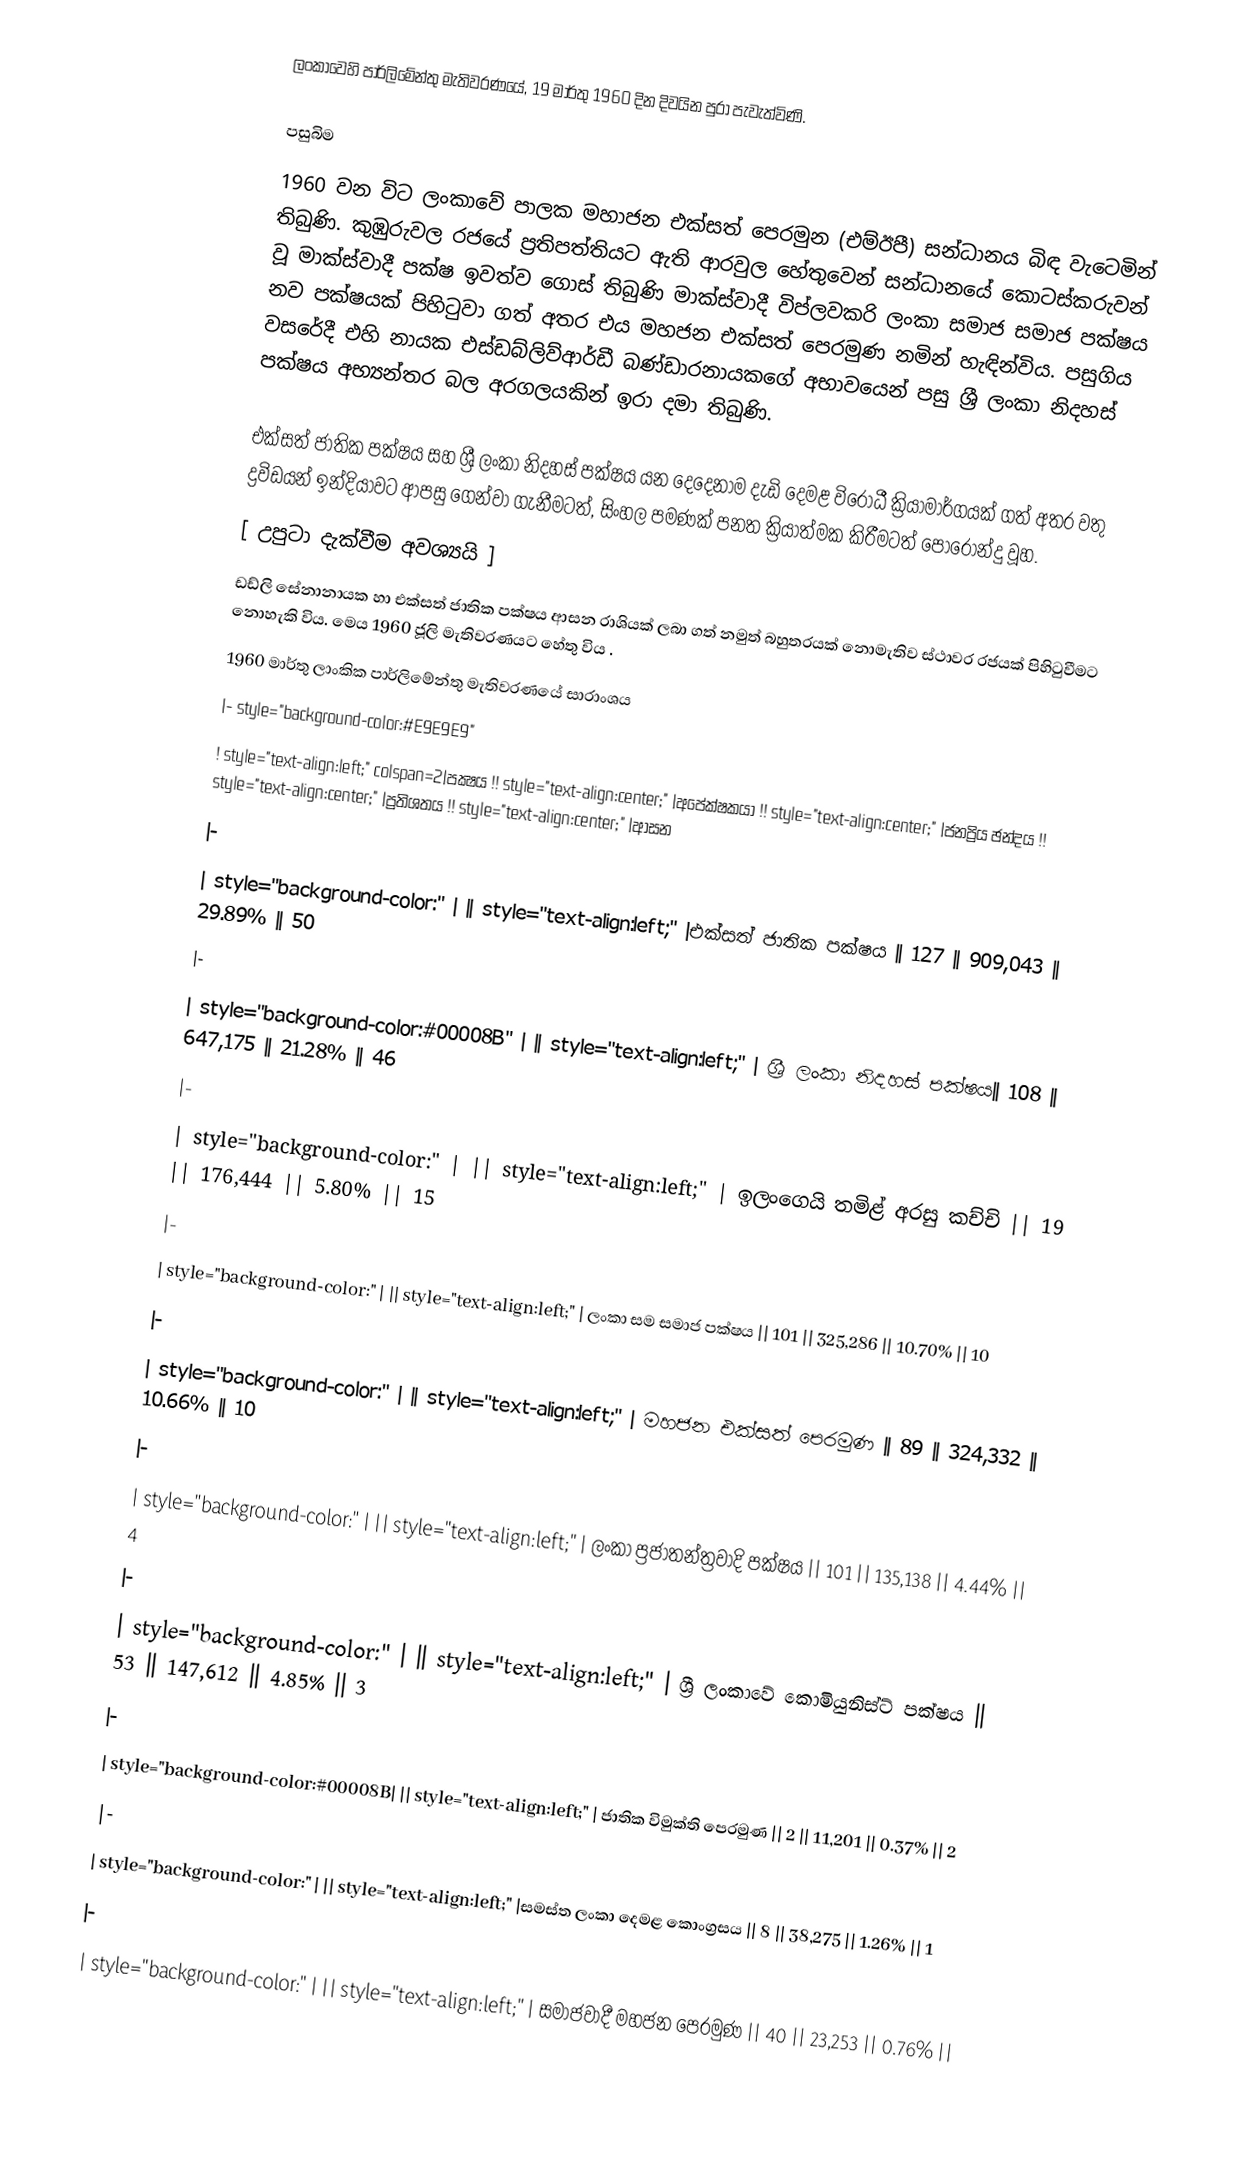
ලංකා‍වෙහි පාර්ලිමේන්තු මැතිවරණයේ, 19 මාර්තු 1960 දින දිවයින පුරා පැවැත්විණි.

පසුබිම
1960 වන විට ලංකාවේ පාලක මහාජන එක්සත් පෙරමුන (එම්ඊපී) සන්ධානය බිඳ වැටෙමින් තිබුණි. කුඹුරුවල රජයේ ප්‍රතිපත්තියට ඇති ආරවුල හේතුවෙන් සන්ධානයේ කොටස්කරුවන් වූ මාක්ස්වාදී පක්ෂ ඉවත්ව ගොස් තිබුණි මාක්ස්වාදී විප්ලවකරි ලංකා සමාජ සමාජ පක්ෂය නව පක්ෂයක් පිහිටුවා ගත් අතර එය මහජන එක්සත් පෙරමුණ නමින් හැඳින්විය. පසුගිය වසරේදී එහි නායක එස්ඩබ්ලිව්ආර්ඩී බණ්ඩාරනායකගේ අභාවයෙන් පසු ශ්‍රී ලංකා නිදහස් පක්ෂය අභ්‍යන්තර බල අරගලයකින් ඉරා දමා තිබුණි.

එක්සත් ජාතික පක්ෂය සහ ශ්‍රී ලංකා නිදහස් පක්ෂය යන දෙදෙනාම දැඩි දෙමළ විරෝධී ක්‍රියාමාර්ගයක් ගත් අතර වතු ද්‍රවිඩයන් ඉන්දියාවට ආපසු ගෙන්වා ගැනීමටත්, සිංහල පමණක් පනත ක්‍රියාත්මක කිරීමටත් පොරොන්දු වූහ.
[ උපුටා දැක්වීම අවශ්‍යයි ]
ඩඩ්ලි සේනානායක හා එක්සත් ජාතික පක්ෂය ආසන රාශියක් ලබා ගත් නමුත් බහුතරයක් නොමැතිව ස්ථාවර රජයක් පිහිටුවීමට නොහැකි විය. මෙය 1960 ජූලි මැතිවරණයට හේතු විය .
 1960 මාර්තු ලාංකික පාර්ලිමේන්තු මැතිවරණයේ සාරාංශය
|- style="background-color:#E9E9E9"
! style="text-align:left;" colspan=2|පක්‍ෂය !! style="text-align:center;" |අපේක්ෂකයා !! style="text-align:center;" |ජනප්‍රිය ඡන්දය !! style="text-align:center;" |ප්‍රතිශතය !! style="text-align:center;" |ආසන
|-
| style="background-color:" |  || style="text-align:left;" |එක්සත් ජාතික පක්ෂය  || 127 || 909,043 || 29.89% || 50
|-
| style="background-color:#00008B" |  || style="text-align:left;" | ශ්‍රී ලංකා නිදහස් පක්ෂය|| 108 || 647,175 || 21.28% || 46
|-
| style="background-color:" |  || style="text-align:left;" | ඉලංගෙයි තමිළ් අරසු කච්චි || 19 || 176,444 || 5.80% || 15
|-
| style="background-color:" |  || style="text-align:left;" | ලංකා සම සමාජ පක්ෂය || 101 || 325,286 || 10.70% || 10
|-
| style="background-color:" |  || style="text-align:left;" | මහජන එක්සත් පෙරමුණ || 89 || 324,332 || 10.66% || 10
|-
| style="background-color:" |  || style="text-align:left;" | ලංකා ප්‍රජාතන්ත්‍රවාදි පක්ෂය  || 101 || 135,138 || 4.44% || 4
|-
| style="background-color:" |  || style="text-align:left;" | ශ්‍රී ලංකාවේ කොමියුනිස්ට් පක්ෂය || 53 || 147,612 || 4.85% || 3
|-
| style="background-color:#00008B|  || style="text-align:left;" | ජාතික විමුක්ති පෙරමුණ || 2 || 11,201 || 0.37% || 2
|-
| style="background-color:" |  || style="text-align:left;" |සමස්ත ලංකා දෙමළ කොංග්‍රසය  || 8 || 38,275 || 1.26% || 1
|-
| style="background-color:" |  || style="text-align:left;" | සමාජවාදී මහජන පෙරමුණ || 40 || 23,253 || 0.76% ||